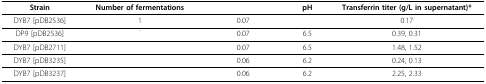
<table><thead><tr><td><b>Strain</b></td><td><b>Number of fermentations</b></td><td>[EMPTY_CELL]</td><td><b>pH</b></td><td><b>Transferrin titer (g/L in supernatant)*</b></td></tr></thead><tbody><tr><td>DYB7 [pDB2536]</td><td>1</td><td>0.07</td><td>[EMPTY_CELL]</td><td>0.17</td></tr><tr><td>DP9 [pDB2536]</td><td>[EMPTY_CELL]</td><td>0.07</td><td>6.5</td><td>0.39, 0.31</td></tr><tr><td>DYB7 [pDB2711]</td><td>[EMPTY_CELL]</td><td>0.07</td><td>6.5</td><td>1.48, 1.52</td></tr><tr><td>DYB7 [pDB3235]</td><td>[EMPTY_CELL]</td><td>0.06</td><td>6.2</td><td>0.24, 0.13</td></tr><tr><td>DYB7 [pDB3237]</td><td>[EMPTY_CELL]</td><td>0.06</td><td>6.2</td><td>2.25, 2.33</td></tr></tbody></table>